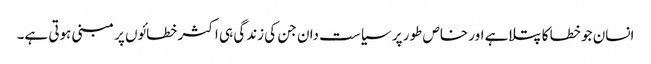
انسان جو خطا کا پتلاہے اور خاص طور پر سیاست دان جن کی زندگی ہی اکثر خطائوں پر مبنی ہوتی ہے۔